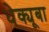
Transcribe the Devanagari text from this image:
धेक्यूबा